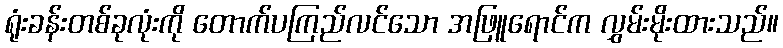
ရုံးခန်းတစ်ခုလုံးကို တောက်ပကြည်လင်သော အဖြူရောင်က လွှမ်းမိုးထားသည်။